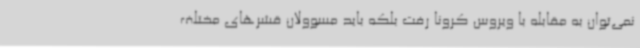
نمی‌توان به مقابله با ویروس کرونا رفت بلکه باید مسوولان قشرهای مختلف